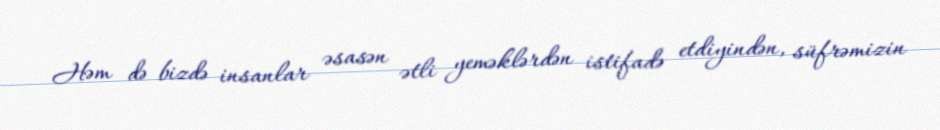
Həm də bizdə insanlar əsasən ətli yeməklərdən istifadə etdiyindən, süfrəmizin